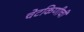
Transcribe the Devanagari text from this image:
चेटकिणीची